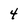
Character: 4